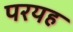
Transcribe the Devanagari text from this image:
परयह